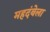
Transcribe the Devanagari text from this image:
महदंबेला